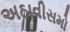
અઠાવીસમો